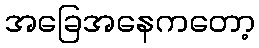
အခြေအနေကတော့